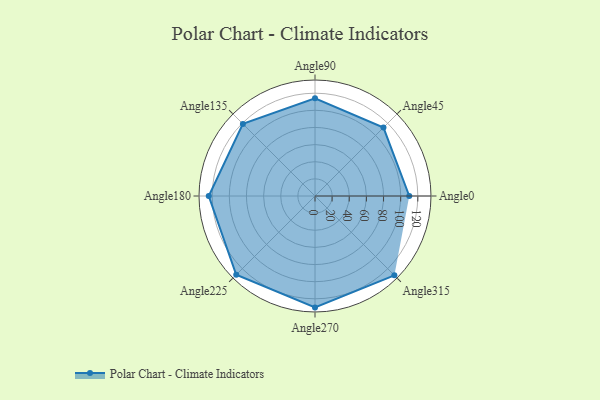
{"axis": {"x": "Angle", "y": "Radius"}, "legend": [""], "data": [{"x": "Angle0", "y": 110.0, "type": ""}, {"x": "Angle45", "y": 113.0, "type": ""}, {"x": "Angle90", "y": 114.0, "type": ""}, {"x": "Angle135", "y": 119.0, "type": ""}, {"x": "Angle180", "y": 124.0, "type": ""}, {"x": "Angle225", "y": 130.0, "type": ""}, {"x": "Angle270", "y": 130.0, "type": ""}, {"x": "Angle315", "y": 131.0, "type": ""}]}